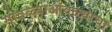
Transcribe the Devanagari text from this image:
सोवळ्याओंवळ्याचा